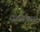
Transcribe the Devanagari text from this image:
एलजीयर्स